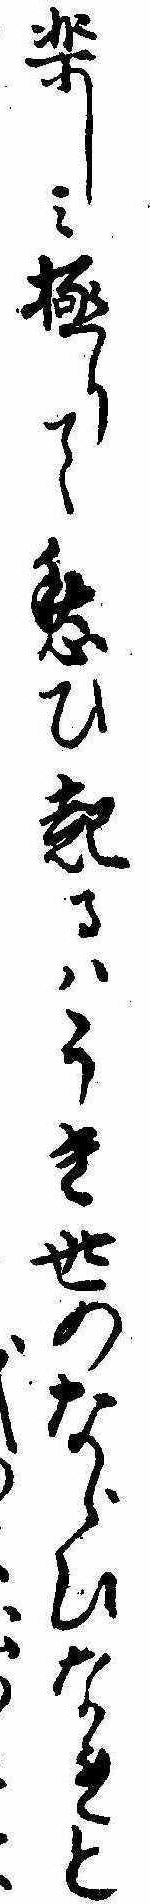
楽しみ極りて愁ひ起るはうき世のならひなれと